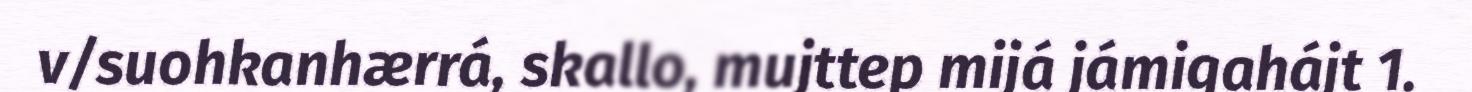
v/suohkanhærrá, skallo, mujttep mijá jámigahájt 1.